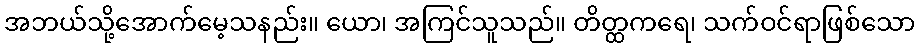
အဘယ်သို့အောက်မေ့သနည်း။ ယော၊ အကြင်သူသည်။ တိတ္ထကရေ၊ သက်ဝင်ရာဖြစ်သော